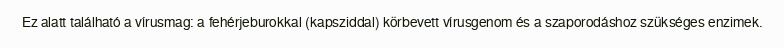
Ez alatt található a vírusmag: a fehérjeburokkal (kapsziddal) körbevett vírusgenom és a szaporodáshoz szükséges enzimek.